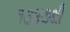
૧૩૪૭થી